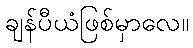
ချန်ပီယံဖြစ်မှာလေ။